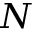
N